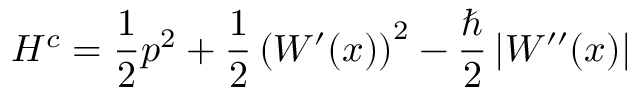
H ^ { c } = \frac { 1 } { 2 } p ^ { 2 } + \frac { 1 } { 2 } \left( W ^ { \prime } ( x ) \right) ^ { 2 } - \frac { \hbar } { 2 } \left| W ^ { \prime \prime } ( x ) \right|